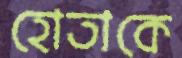
হোতাকে